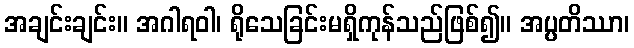
အချင်းချင်း။ အဂါရဝါ၊ ရိုသေခြင်းမရှိကုန်သည်ဖြစ်၍။ အပ္ပတိဿာ၊